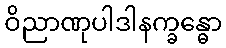
ဝိညာဏုပါဒါနက္ခန္ဓော